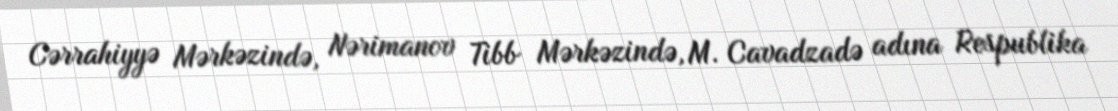
Cərrahiyyə Mərkəzində, Nərimanov Tibb Mərkəzində, M. Cavadzadə adına Respublika